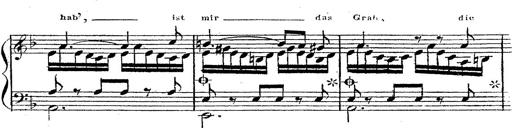
Title: 12 Lieder von Franz Schubert
Composer: Franz Liszt